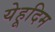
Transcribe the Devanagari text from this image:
येहूदिम